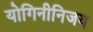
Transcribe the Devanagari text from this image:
योगिनीनिजय